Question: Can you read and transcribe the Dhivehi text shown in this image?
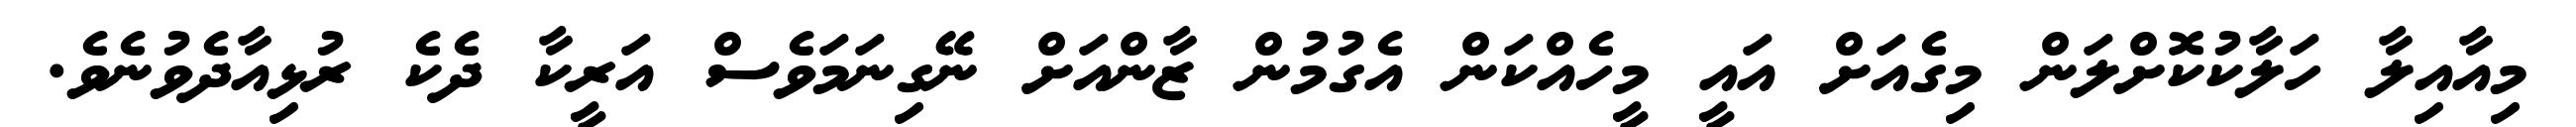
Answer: މިއާއިލާ ހަލާކުކޮށްލަން މިގެއަށް އައީ މީހެއްކަން އެގުމުން ޒާންއަށް ނޭގިނަމަވެސް އަރީކާ ދެކެ ރުޅިއާދެވުނެވެ.